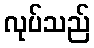
လုပ်သည်